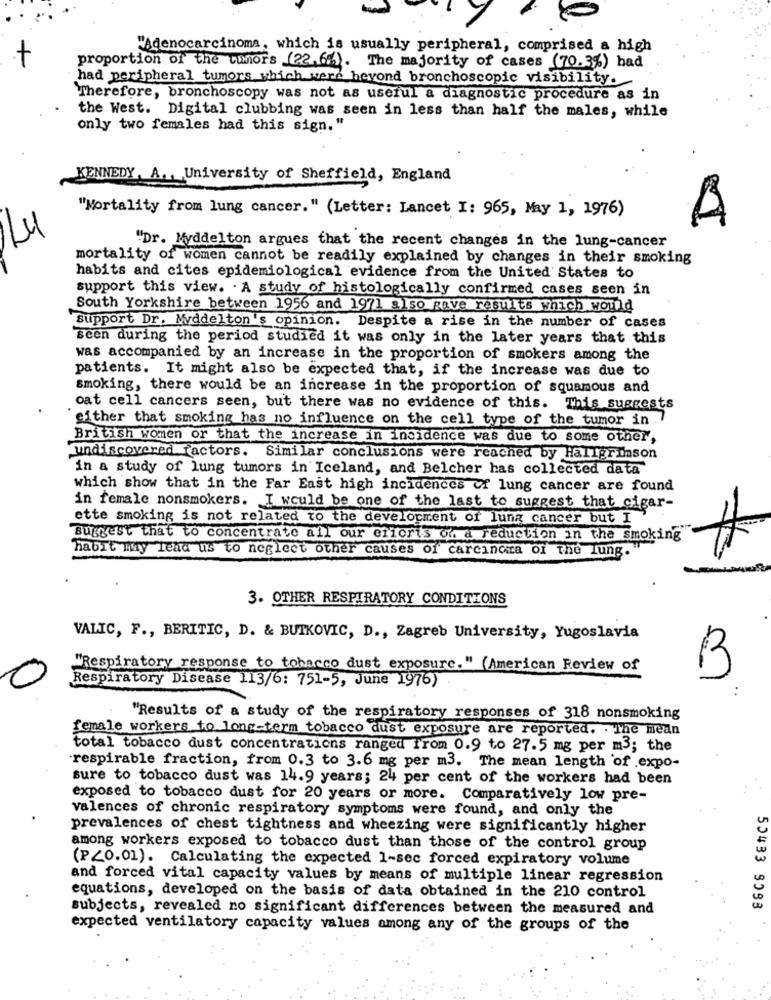
"Adenocarcinoma, which is usually peripheral, comprised a high
+
proportion of the tunors (22,6%). The majority of cases (70.3%) had
had peripheral tumors which were beyond bronchoscopic visibility.
Therefore, bronchoscopy was not as useful a diagnostic procedure as in
the West. Digital clubbing was seen in less than half the males, while
only two females had this sign."
KENNEDY, A ., University of Sheffield, England
"Mortality from lung cancer." (Letter: Lancet I: 965, May 1, 1976)
"Dr. Myddelton argues that the recent changes in the lung-cancer
mortality of women cannot be readily explained by changes in their smoking
habits and cites epidemiological evidence from the United States to
support this view. . A study of histologically confirmed cases seen in
South Yorkshire between 1956 and 1971 also gave results which would
Support Dr. Middelton's opinion. Despite a rise in the number of cases
seen during the period studied it was only in the later years that this
was accompanied by an increase in the proportion of smokers among the
patients. It might also be expected that, if the increase was due to
smoking, there would be an increase in the proportion of squamous and
cat cell cancers seen, but there was no evidence of this. This suggests
'either that smoking has no influence on the cell type of the tumor in .7
British women or that the increase in incidence was due to some other,
undiscovered factors. Similar conclusions were reached by Hallgrimson
in a study of lung tumors in Iceland, and Belcher has collected data
which show that in the Far East high incidences of lung cancer are found
in female nonsmokers. I would be one of the last to suggest that cigar-
ette smoking is not related to the development of lung cancer but I
suggest that to concentrate all our efforts of a reduction in the smoking
habit my lead us to neglect other causes of carcinoma of the lung.
3. OTHER RESPIRATORY CONDITIONS
VALIC, F ., BERITIC, D. & BUTKOVIC, D ., Zagreb University, Yugoslavia
"Respiratory response to tobacco dust exposure. " (American Review of
Respiratory Disease 113/6: 751-5, June 1976)
B
"Results of a study of the respiratory responses of 318 nonsmoking
female workers to long-term tobacco dust exposure are reported. . The mean
total tobacco dust concentrations ranged from 0.9 to 27.5 mg per m3; the
respirable fraction, from 0.3 to 3.6 mg per m3. The mean length of .expo-
sure to tobacco dust was 14.9 years; 24 per cent of the workers had been
exposed to tobacco dust for 20 years or more. Comparatively low pre-
Valences of chronic respiratory symptoms were found, and only the
prevalences of chest tightness and wheezing were significantly higher
among workers exposed to tobacco dust than those of the control group
w
(P<0.01). Calculating the expected 1-sec forced expiratory volume
w
and forced vital capacity values by means of multiple linear regression
equations, developed on the basis of data obtained in the 210 control
subjects, revealed no significant differences between the measured and
50433 9093
expected ventilatory capacity values among any of the groups of the